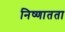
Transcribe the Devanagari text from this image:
निष्णातता